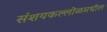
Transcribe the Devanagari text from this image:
संशयकल्लोळमधील